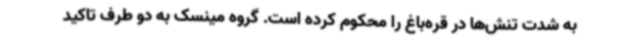
به شدت تنش‌ها در قره‌باغ را محکوم کرده است. گروه مینسک به دو طرف تاکید